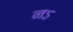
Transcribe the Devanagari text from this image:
नऽ